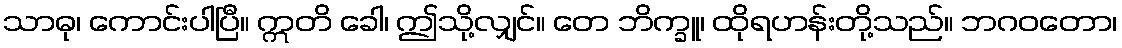
သာဓု၊ ကောင်းပါပြီ။ ဣတိ ခေါ၊ ဤသို့လျှင်။ တေ ဘိက္ခူ၊ ထိုရဟန်းတို့သည်။ ဘဂဝတော၊